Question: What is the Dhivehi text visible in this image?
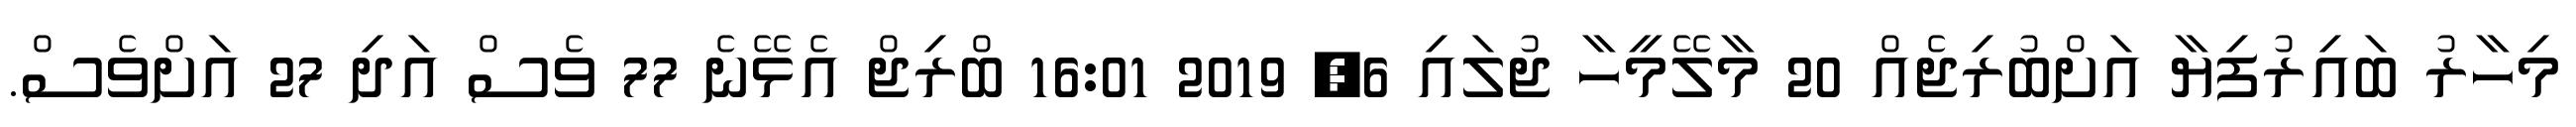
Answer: މިހާރު ބައިރުފިޔާ އަށްބުރިޖެއް 20 މާލޭމީހާ ޖުލައި 6, 2019 16:01 ބްރިޖް އެޅޭނެ 77 ވެސް އަދި 27 އަށްވެސް.